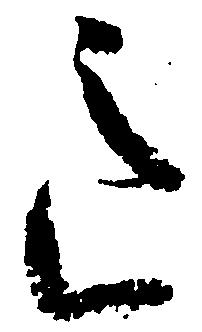
意